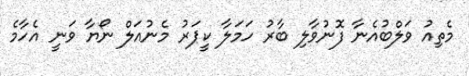
މެތިއު ވަލްބުއެނާ ފޮނުވާލި ބާރު ހަމަލާ ކީޕަރު މެނުއަލް ނޯޔާ ވަނީ އެހާމެ